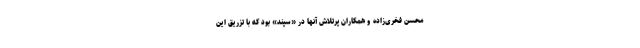
محسن فخری‌زاده و همکاران پرتلاش آنها در «سپند» بود که با تزریق این